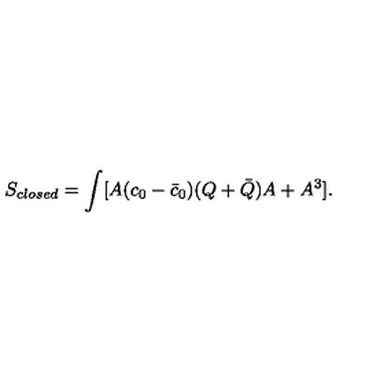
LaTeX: S _ { c l o s e d } = \int [ A ( c _ { 0 } - \bar { c } _ { 0 } ) ( Q + \bar { Q } ) A + A ^ { 3 } ] .